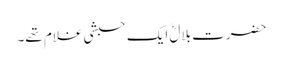
حضرت بلالؓ ایک حبشی غلام تھے۔